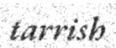
tarrish